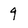
Character: 9